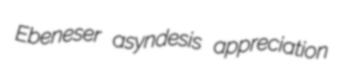
Ebeneser asyndesis appreciation